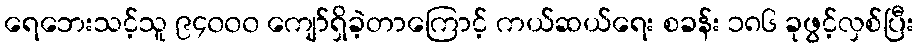
ရေဘေးသင့်သူ ၉၄၀၀၀ ကျော်ရှိခဲ့တာကြောင့် ကယ်ဆယ်ရေး စခန်း ၁၈၆ ခုဖွင့်လှစ်ပြီး